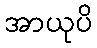
အာယုပိ